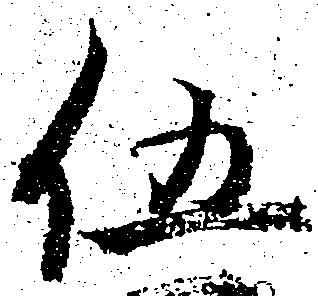
伍